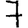
Digit: 7